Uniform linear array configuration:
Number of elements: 48
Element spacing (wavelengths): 1
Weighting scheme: uniform
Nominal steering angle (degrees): -45
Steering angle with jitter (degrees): -44.623
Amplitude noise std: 0.05
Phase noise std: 0.05

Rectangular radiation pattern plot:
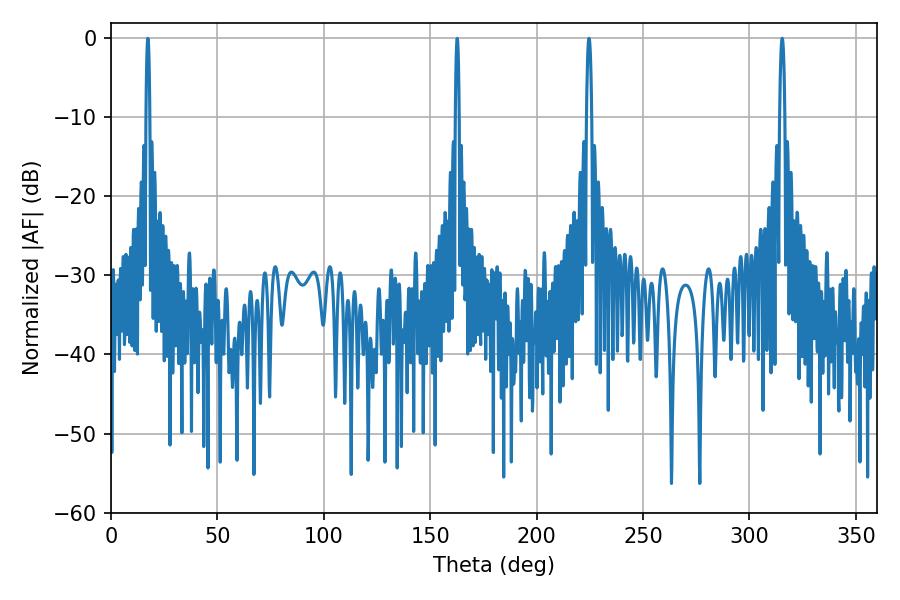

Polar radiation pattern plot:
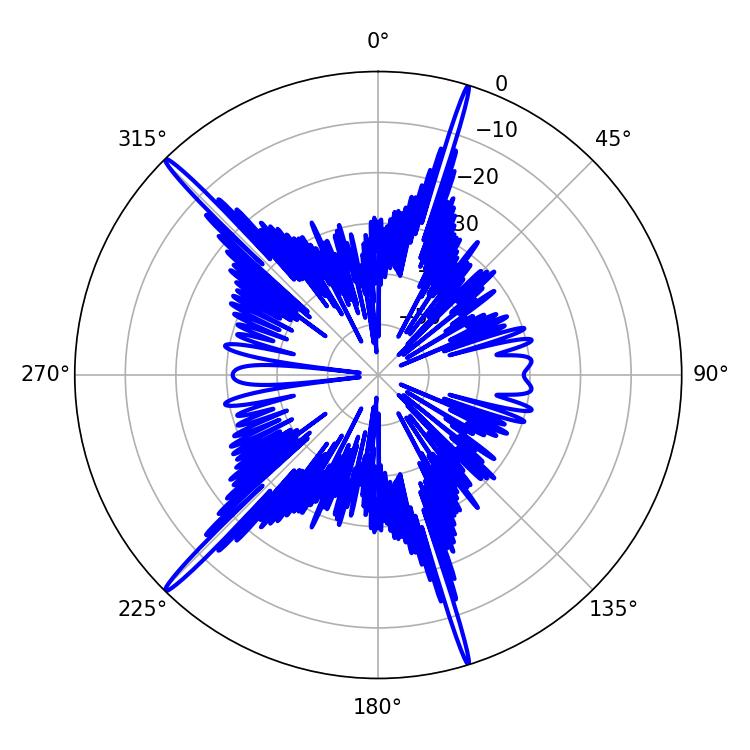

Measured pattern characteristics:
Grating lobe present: TRUE
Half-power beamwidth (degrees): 1.44
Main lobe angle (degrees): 315.36